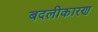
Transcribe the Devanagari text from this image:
बदलीकारण